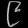
Digit: ၉